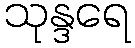
သုန္ဒရေ